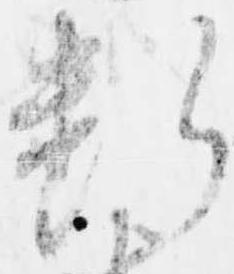
断